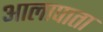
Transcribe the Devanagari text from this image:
आलापाता